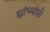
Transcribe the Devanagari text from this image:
ह्यांच्यांशी